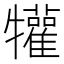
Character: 𤜍